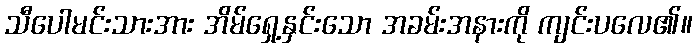
သီပေါမင်းသားအား အိမ်ရှေ့နှင်းသော အခမ်းအနားကို ကျင်းပလေ၏။